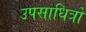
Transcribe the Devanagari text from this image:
उपसाधित्रों